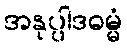
အနုပ္ပါဒဓမ္မံ